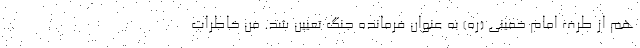
هم از طرف امام خمینی (ره) به عنوان فرمانده جنگ تعیین شد. من خاطرات